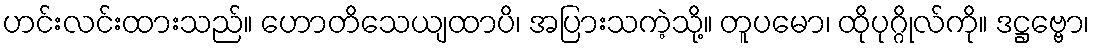
ဟင်းလင်းထားသည်။ ဟောတိသေယျထာပိ၊ အပြားသကဲ့သို့။ တူပမော၊ ထိုပုဂ္ဂိုလ်ကို။ ဒဋ္ဌဗ္ဗော၊